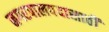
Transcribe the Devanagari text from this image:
नगरपालपदासाठी